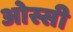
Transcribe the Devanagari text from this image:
ओस्सी